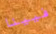
فيينا